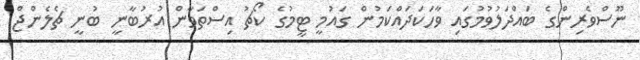
ނޫސްވެރިންގެ ބައްދަލުވުމުގައި ވާހަކަދައްކަމުން ގައުމީ ޓީމުގެ ކޯޗު އިސްތަވާން އުރުބާނީ ބުނީ ޗެލެންޖް